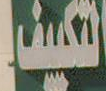
والتكيف